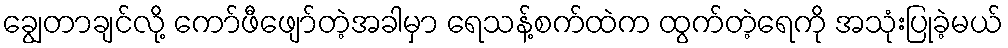
ချွေတာချင်လို့ ကော်ဖီဖျော်တဲ့အခါမှာ ရေသန့်စက်ထဲက ထွက်တဲ့ရေကို အသုံးပြုခဲ့မယ်